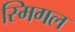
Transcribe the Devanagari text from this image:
स्मिगल